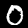
Label: 0